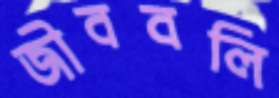
জীববলি